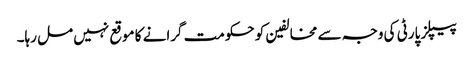
پیپلز پارٹی کی وجہ سے مخالفین کو حکومت گرانے کا موقع نہیں مل رہا۔